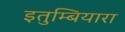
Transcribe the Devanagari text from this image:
इतुम्बियारा